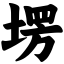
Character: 塄